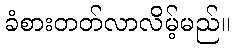
ခံစားတတ်လာလိမ့်မည်။